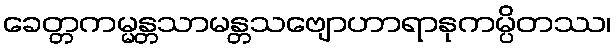
ခေတ္တကမ္မန္တသာမန္တသဗျောဟာရာနုကမ္ပိတဿ၊